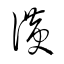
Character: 滉